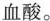
血酸。